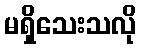
မရှိသေးသလို